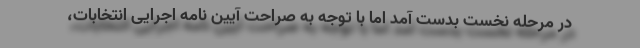
در مرحله نخست بدست آمد اما با توجه به صراحت آیین نامه اجرایی انتخابات،